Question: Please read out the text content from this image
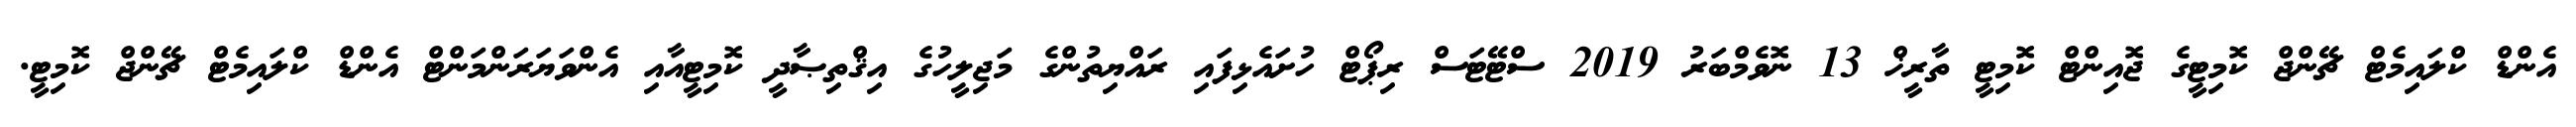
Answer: އެންޑް ކްލައިމެޓް ޗޭންޖް ކޮމިޓީގެ ޖޮއިންޓް ކޮމިޓީ ތާރީޚް 13 ނޮވެމްބަރު 2019 ސްޓޭޓަސް ރިޕޯޓް ހުށައެޅިފައި ރައްޔިތުންގެ މަޖިލީހުގެ އިޤްތިޞާދީ ކޮމިޓީއާއި އެންވަޔަރަންމަންޓް އެންޑް ކްލައިމެޓް ޗޭންޖް ކޮމިޓީ.